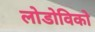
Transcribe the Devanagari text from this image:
लोडोविको